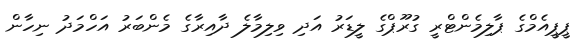
ޕީޕީއެމްގެ ޕާލިމެންޓްރީ ގުރޫޕްގެ ލީޑަރު އަދި ވިލިމާލެ ދާއިރާގެ މެންބަރު އަހްމަދު ނިހާން